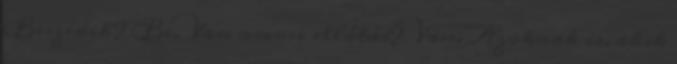
Beszedik? Be. Van orvosi ellátás? Van. Azoknak is, akik